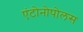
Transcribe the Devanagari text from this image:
एंटोनोपोलस